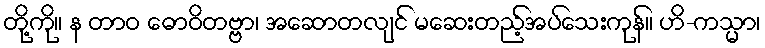
တို့ကို။ န တာဝ ဓောဝိတဗ္ဗာ၊ အဆောတလျင် မဆေးတည့်အပ်သေးကုန်။ ဟိ-ကသ္မာ၊